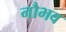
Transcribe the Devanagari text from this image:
नौभव